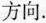
方向.